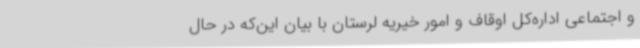
و اجتماعی اداره‌کل اوقاف و امور خیریه لرستان با بیان این‌که در حال